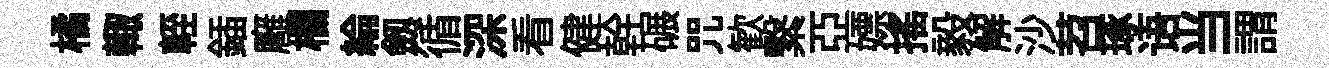
橘輙輊鍤廱欄綸劔循深看健幹碾咒歓繋亞嫖搖毅解沙苕琢语当謂